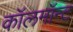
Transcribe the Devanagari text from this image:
कॉलमॉन्ट